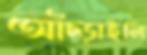
আঁচ্‌ড়াইলি